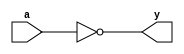
//Verilog code for NOT gate using data-flow modeling

module not_gate(
    input a,
    output y
    );
    assign y = ~ a;
endmodule